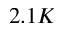
2 . 1 K